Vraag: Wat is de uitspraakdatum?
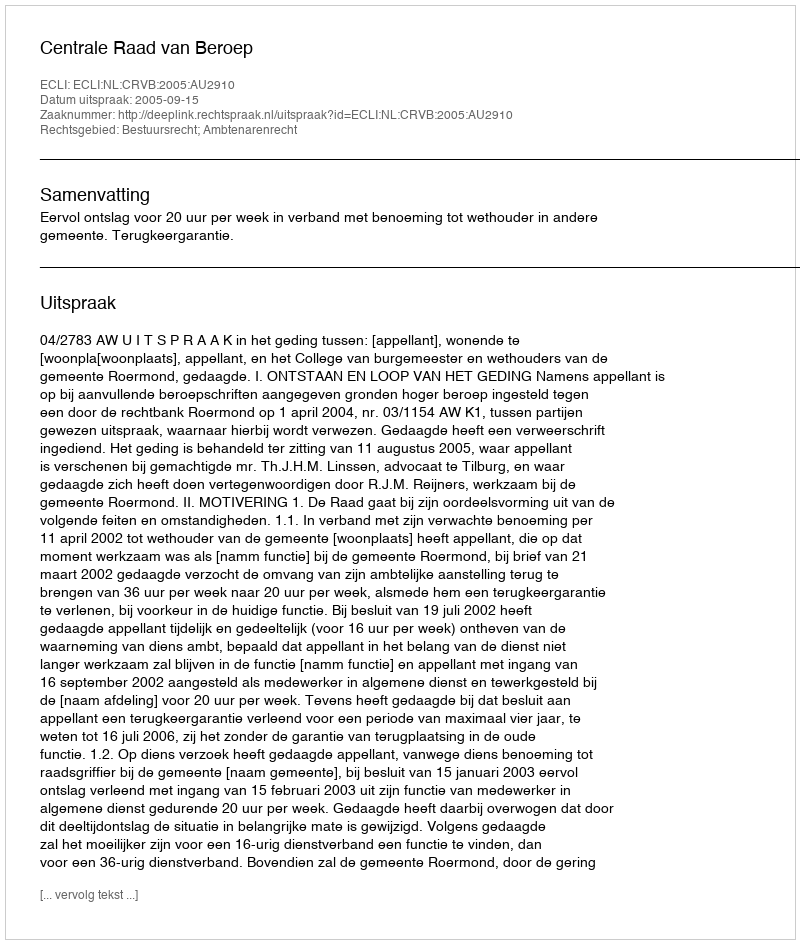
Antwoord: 2005-09-15